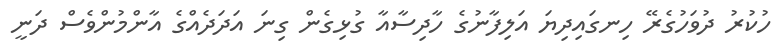
ހުކުރު ދުވަހުގެރޭ ހިނގައިދިޔަ އަލިފާނުގެ ހާދިސާއާ ގުޅިގެން ގިނަ އަދަދެެއްގެ އާންމުންވެސް ދަނީ